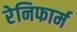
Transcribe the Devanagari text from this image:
रेनिफार्म